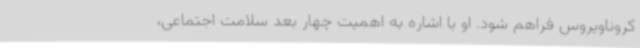
کروناویروس فراهم شود. او با اشاره به اهمیت چهار بعد سلامت اجتماعی،